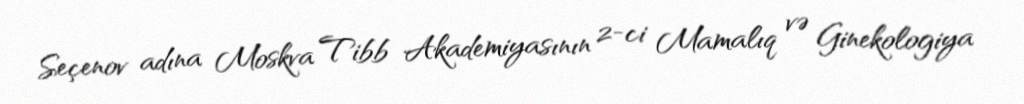
Seçenov adına Moskva Tibb Akademiyasının 2-ci Mamalıq və Ginekologiya